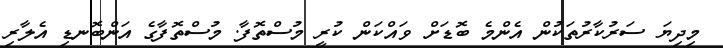
މިދިޔަ ސަރުކާރުތަކުން އެންމެ ބޮޑަށް ވައްކަން ކުރީ މުސްތޮފާ. މުސްތޮފާގެ އަންބޮނޑި އެލާރި